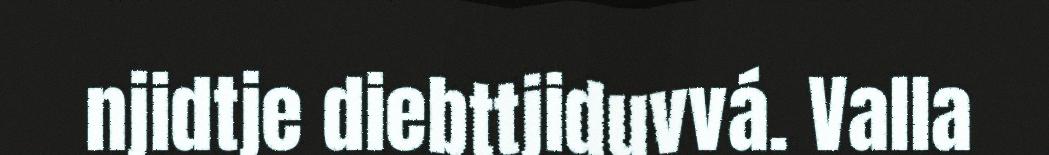
njidtje diebttjiduvvá. Valla